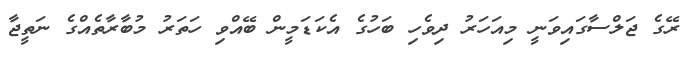
ރޭގެ ޖަލްސާގައިވަނީ މިއަހަރު ދިވެހި ބަހުގެ އެކަޑަމީން ބޭއްވި ހަތަރު މުބާރާތެއްގެ ނަތީޖާ